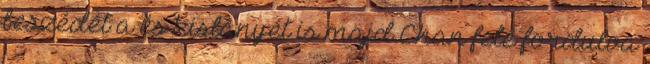
beszédét a és kislányét is majd Chan felé fordulva